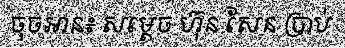
ចុចអាន៖ សម្តេច ហ៊ុន សែន ប្រាប់